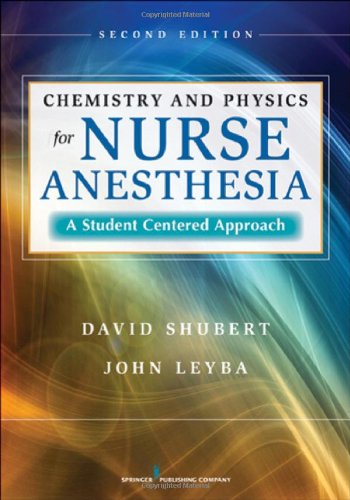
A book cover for Chemistry and Physics for Nurse Anesthesia, Second Edition: A Student-Centered Approach; David Shubert PhD; Medical Books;